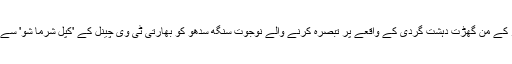
مودی سرکار کے من گھڑت دہشت گردی کے واقعے پر تبصرہ کرنے والے نوجوت سنگھ سدھو کو بھارتی ٹی وی چینل کے 'کپل شرما شو' سے نکال دیا گیا۔